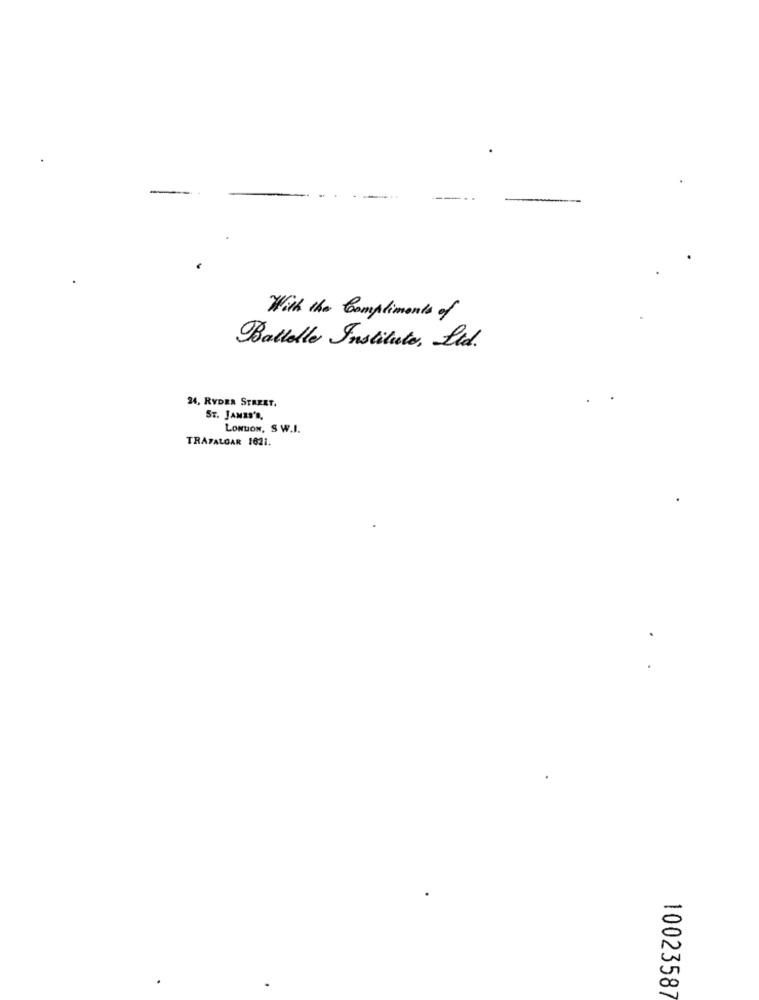
With the Compliments of
Battelle Institute, Ltd.
24, RYDER STREET.
ST. JAMES'S,
LONDON, SW.I.
TRAFALGAR 1621.
1002358